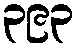
၃၉၃